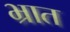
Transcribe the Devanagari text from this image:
भ्रात